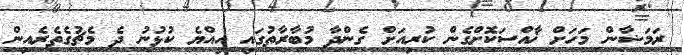
ރަމަޟާން މަހަށް ޚާއްސަކޮށްގެން ކުރިއަށް ގެންދާ މުބާރާތުގައި އިއްޔެ ކުޅުނު ދެ މެޗުގެތެރެއިން